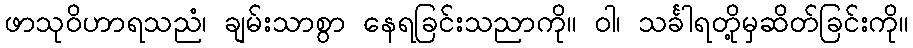
ဖာသုဝိဟာရသညံ၊ ချမ်းသာစွာ နေရခြင်းသညာကို။ ဝါ၊ သင်္ခါရတို့မှဆိတ်ခြင်းကို။